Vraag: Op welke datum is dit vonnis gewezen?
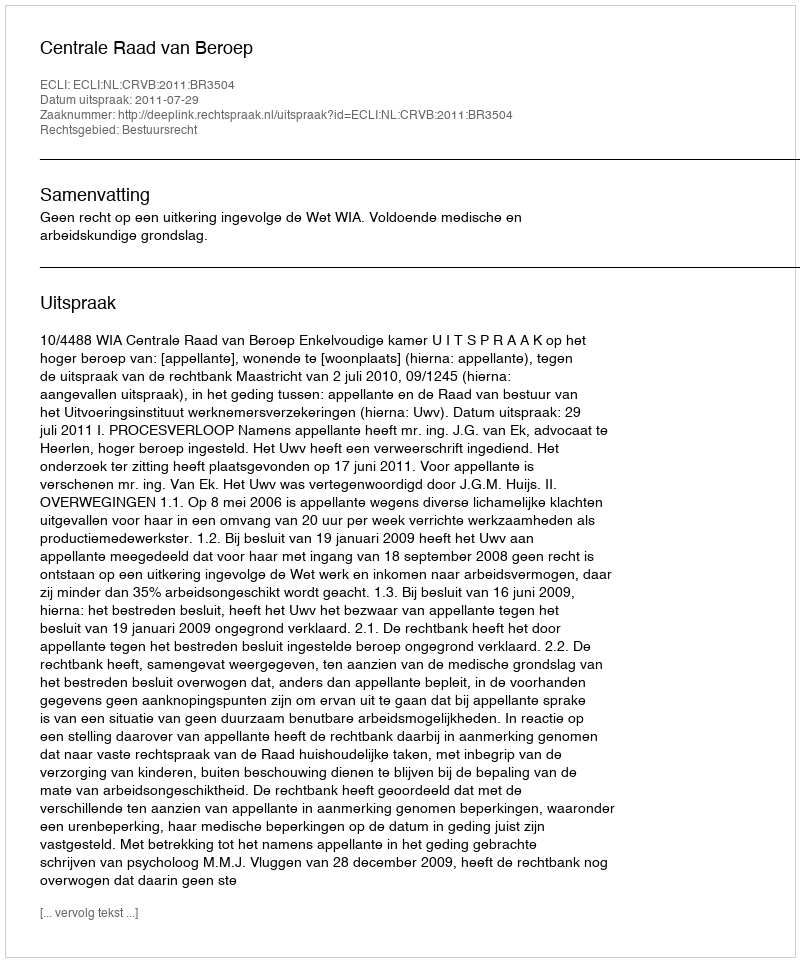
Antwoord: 2011-07-29